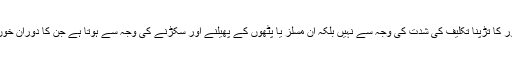
ذبح کے فوری بعد جانور کا تڑپنا تکلیف کی شدت کی وجہ سے نہیں بلکہ ان مسلز یا پٹھوں کے پھیلنے اور سکڑنے کی وجہ سے ہوتا ہے جن کا دوران خون منقطع ہوچکا ہوتا ہے۔